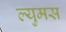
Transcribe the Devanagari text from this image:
ल्युमस